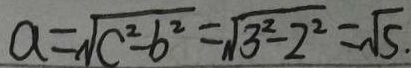
a = \sqrt { c ^ { 2 } - b ^ { 2 } } = \sqrt { 3 ^ { 2 } - 2 ^ { 2 } } = \sqrt { 5 }